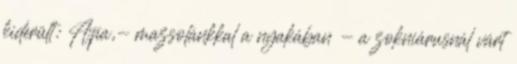
kiderült: Apa,- mazsolánkkal a nyakában - a zokniárusnál várt